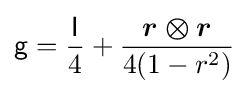
{\mathsf {g}}={\frac {\mathsf {I}}{4}}+{\frac {\boldsymbol {r\otimes r}}{4(1-r^{2})}}